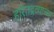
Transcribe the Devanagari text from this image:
हरितद्रव्याच्या